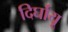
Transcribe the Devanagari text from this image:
दिर्घायू